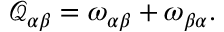
\mathcal { Q } _ { \alpha \beta } = \omega _ { \alpha \beta } + \omega _ { \beta \alpha } .